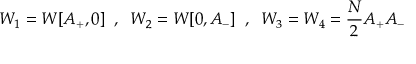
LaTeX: W _ { 1 } = W [ A _ { + } , 0 ] \; \; , \; \; W _ { 2 } = W [ 0 , A _ { - } ] \; \; , \; \; W _ { 3 } = W _ { 4 } = { \frac { N } { 2 } } A _ { + } A _ { - }